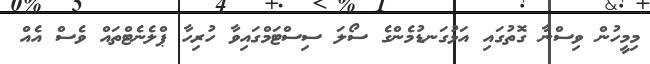
މިމީހުން ވިސްނާ ގޮތުގައި އަޅުގަނޑުމެންގެ ސޯލަ ސިސްޓަމްގައިވާ ހުރިހާ ޕްލެނެޓްތައް ވެސް އެއް